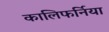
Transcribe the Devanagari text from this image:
कालिफर्निया